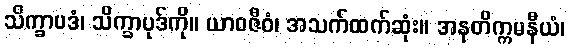
သိက္ခာပဒံ၊ သိက္ခာပုဒ်ကို။ ယာဝဇီဝံ၊ အသက်ထက်ဆုံး။ အနတိက္ကမနီယံ၊